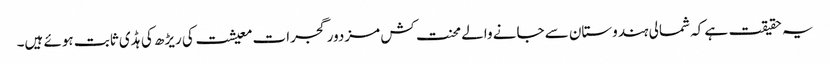
یہ حقیقت ہے کہ شمالی ہندوستان سے جانے والے محنت کش مزدور گجرات معیشت کی ریڑھ کی ہڈی ثابت ہوئے ہیں۔